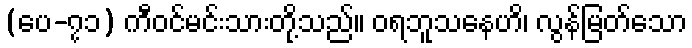
(ပေ-၇၁) ကီဝင်မင်းသားတို့သည်။ ဝရဘူသနေဟိ၊ လွန်မြတ်သော